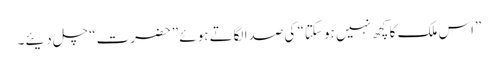
”اس ملک کا کچھ نہیں ہو سکتا“ کی صدا لگاتے ہوئے ”حضرت“ چل دیئے۔